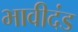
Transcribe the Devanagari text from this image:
भावीदंड